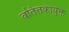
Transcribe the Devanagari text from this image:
वतित्तकायुक्त